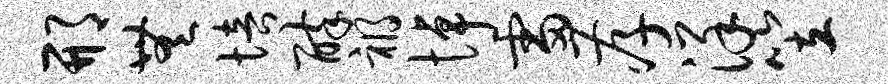
邢无培醉祸悼雷孝详笠